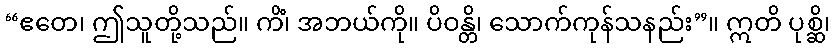
“ဧတေ၊ ဤသူတို့သည်။ ကိံ၊ အဘယ်ကို။ ပိဝန္တိ၊ သောက်ကုန်သနည်း”။ ဣတိ ပုစ္ဆိ၊